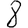
Digit: 8